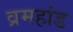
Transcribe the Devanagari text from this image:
व्रमहांड